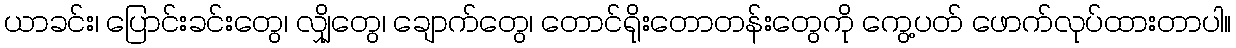
ယာခင်း၊ ပြောင်းခင်းတွေ၊ လျှိုတွေ၊ ချောက်တွေ၊ တောင်ရိုးတောတန်းတွေကို ကွေ့ပတ် ဖောက်လုပ်ထားတာပါ။